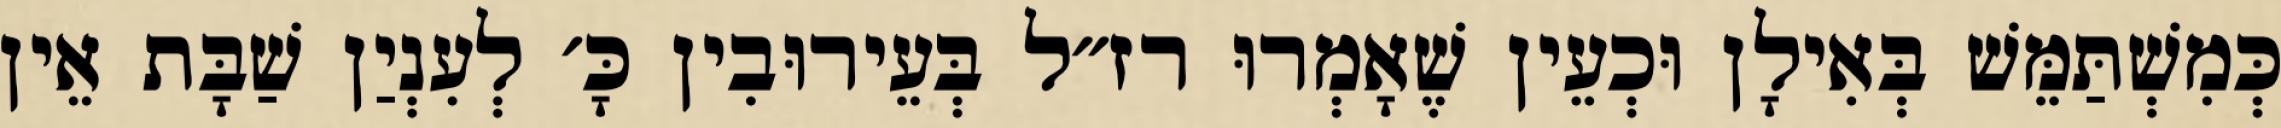
כְּמִשְׁתַּמֵּשׁ בְּאִילָן וּכְעֵין שֶׁאָמְרוּ רז״ל בְּעֵירוּבִין כָּ׳ לְעִנְיַן שַׁבָּת אֵין